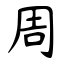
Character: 周